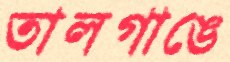
তালগাঙে